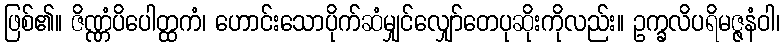
ဖြစ်၏။ ဇိဏ္ဏံပိပေါတ္ထကံ၊ ဟောင်းသောပိုက်ဆံမျှင်လျှော်တေပုဆိုးကိုလည်း။ ဥက္ခလိပရိမဇ္ဇနံဝါ၊